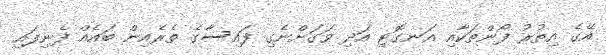
އޭގެ އިތުރު ފޯންތަކާއި އަނގޮޓި އަދި ވަގަށްނެގި ފައިސާގެ ތެރެއިން ބައެއް ފެނިފައި